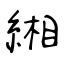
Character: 緗